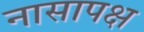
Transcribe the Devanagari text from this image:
नासापक्ष